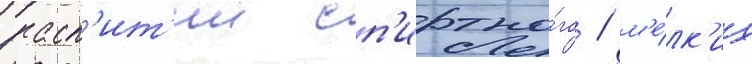
расп'ит'ии сп'иртно́го / м'е́лк'их